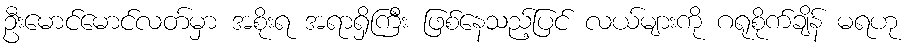
ဦးမောင်မောင်လတ်မှာ အစိုးရ အရာရှိကြီး ဖြစ်နေသည့်ပြင် လယ်များကို ဂရုစိုက်ချိန် မရဟု